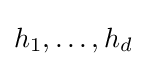
h_{1},\dots ,h_{d}